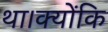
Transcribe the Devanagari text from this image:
था।क्योंकि